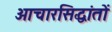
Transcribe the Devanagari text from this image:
आचारसिद्धांतों